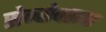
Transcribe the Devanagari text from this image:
सेन्सेक्सचा